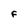
Character: F